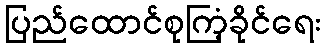
ပြည်ထောင်စုကြံ့ခိုင်ရေး